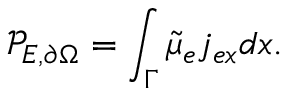
\mathcal { P } _ { E , \partial \Omega } = \int _ { \Gamma } \tilde { \mu } _ { e } j _ { e x } d x .